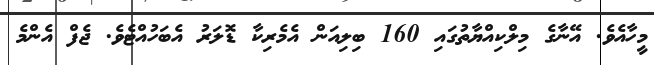
މީހާއެވެ. އޭނާގެ މިލްކިއްޔާތުގައި 160 ބިލިއަން އެމެރިކާ ޑޮލަރު އެބަހުއްޓެވެ. ޖެފް އެންމެ